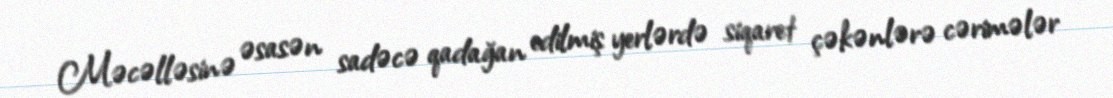
Məcəlləsinə əsasən sadəcə qadağan edilmiş yerlərdə siqaret çəkənlərə cərimələr